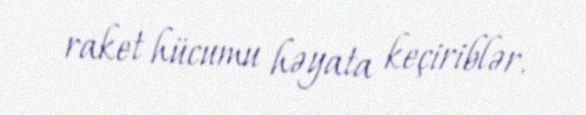
raket hücumu həyata keçiriblər.